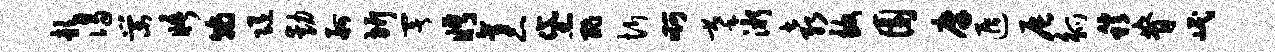
歆谒棠晤翰随动舸圻署眄袤黛酢忻啊摹淅袁致园廪遁辰觚稍脊岷